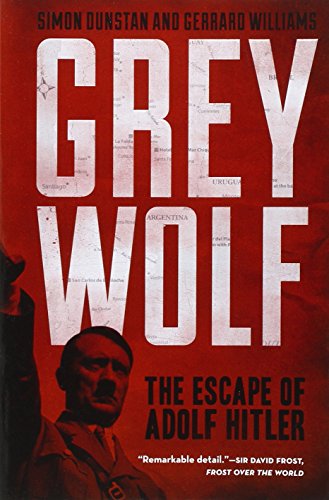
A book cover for Grey Wolf: The Escape of Adolf Hitler; Simon Dunstan; History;